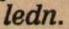
ledn.